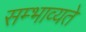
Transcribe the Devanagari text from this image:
सम्भाव्यते